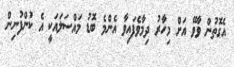
އެގޮތުން ވާވޭ އަށް މިހާރު ދިމާވެފައިވާ އެންމެ ބޮޑު މައްސަލައަކީ އެ ކުންފުނިން